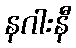
နဂါးနီ